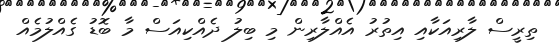
ތިރީސް ލާރިއަކާއި އިތުރު އެއްލާރިން މި ބިލު ދެއްކިއަސް މާ ބޮޑު ގެއްލުމެއް